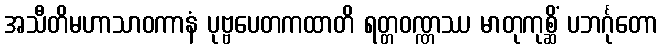
အသီတိမဟာသာဝကာနံ ပုဗ္ဗပေတကထာတိ ရတ္တဝဏ္ဏဿ မာတုကုစ္ဆိံ ပဘင်္ဂုတော